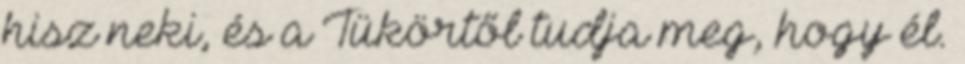
hisz neki, és a Tükörtől tudja meg, hogy él.